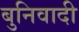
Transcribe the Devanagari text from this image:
बुनिवादी